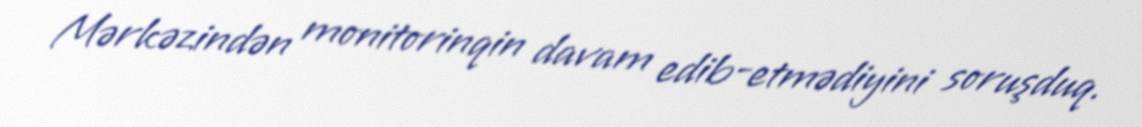
Mərkəzindən monitorinqin davam edib-etmədiyini soruşduq.